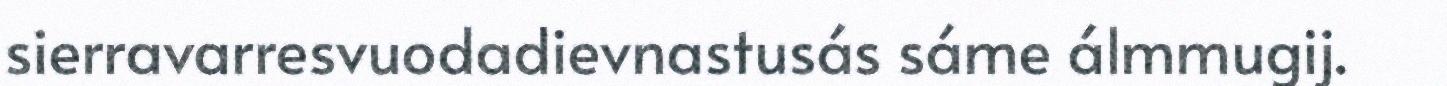
sierravarresvuodadievnastusás sáme álmmugij.